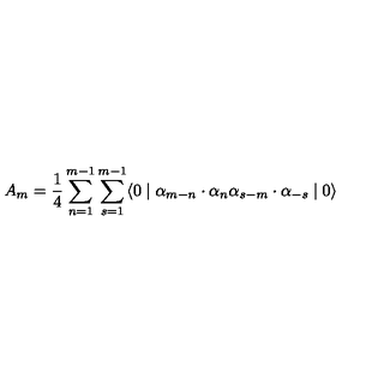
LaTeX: A _ { m } = \frac { 1 } { 4 } \sum _ { n = 1 } ^ { m - 1 } \sum _ { s = 1 } ^ { m - 1 } \langle 0 \mid { \alpha } _ { m - n } \cdot { \alpha } _ { n } { \alpha } _ { s - m } \cdot { \alpha } _ { - s } \mid 0 \rangle